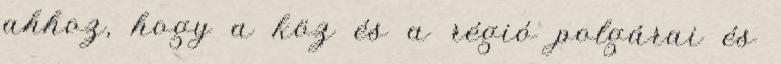
ahhoz, hogy a köz és a régió polgárai és